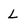
Character: L